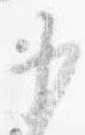
少